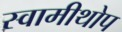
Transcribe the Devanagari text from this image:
स्वामीथोप